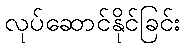
လုပ်ဆောင်နိုင်ခြင်း